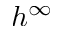
h ^ { \infty }